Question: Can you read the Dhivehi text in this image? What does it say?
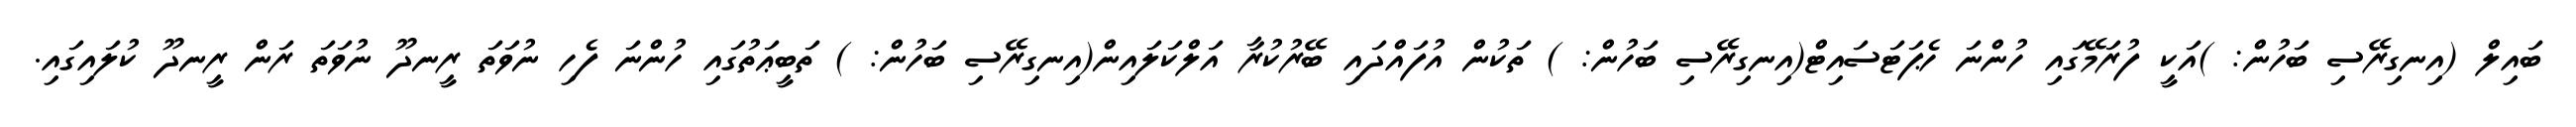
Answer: ބައިލް (އިނގިރޭސި ބަހުން: )އަކީ ފުރަމޭގައި ހުންނަ ހެޕަޓަސައިޓް(އިނގިރޭސި ބަހުން: ) ތަކުން އުފައްދައި ބޭރުކުރާ އަލްކަލައިން(އިނގިރޭސި ބަހުން: ) ތަބީޢަތުގައި ހުންނަ ފެހި ނުވަތަ ރީނދޫ ނުވަތަ ރަން ރީނދޫ ކުލައިގައި.